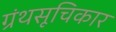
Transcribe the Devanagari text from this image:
ग्रंथसूचिकार